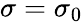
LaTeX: \sigma=\sigma_{0}